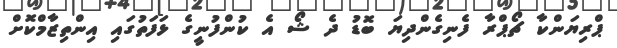
ޕްރިޔަންކާ ޗޯޕްރާ ފެނިގެންދިޔަ ބޮޑު ދެ ޝޯ އެ ކުންފުނީގެ ޅަފަތުގައި އިންތިޒާމްކޮށް